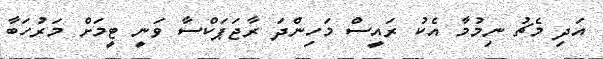
އަދި މެޗު ނިމުމާ އެކު ރައީސް މަހިންދަ ރާޖަޕަކްސާ ވަނީ ޓީމަށް މަރުހަބާ